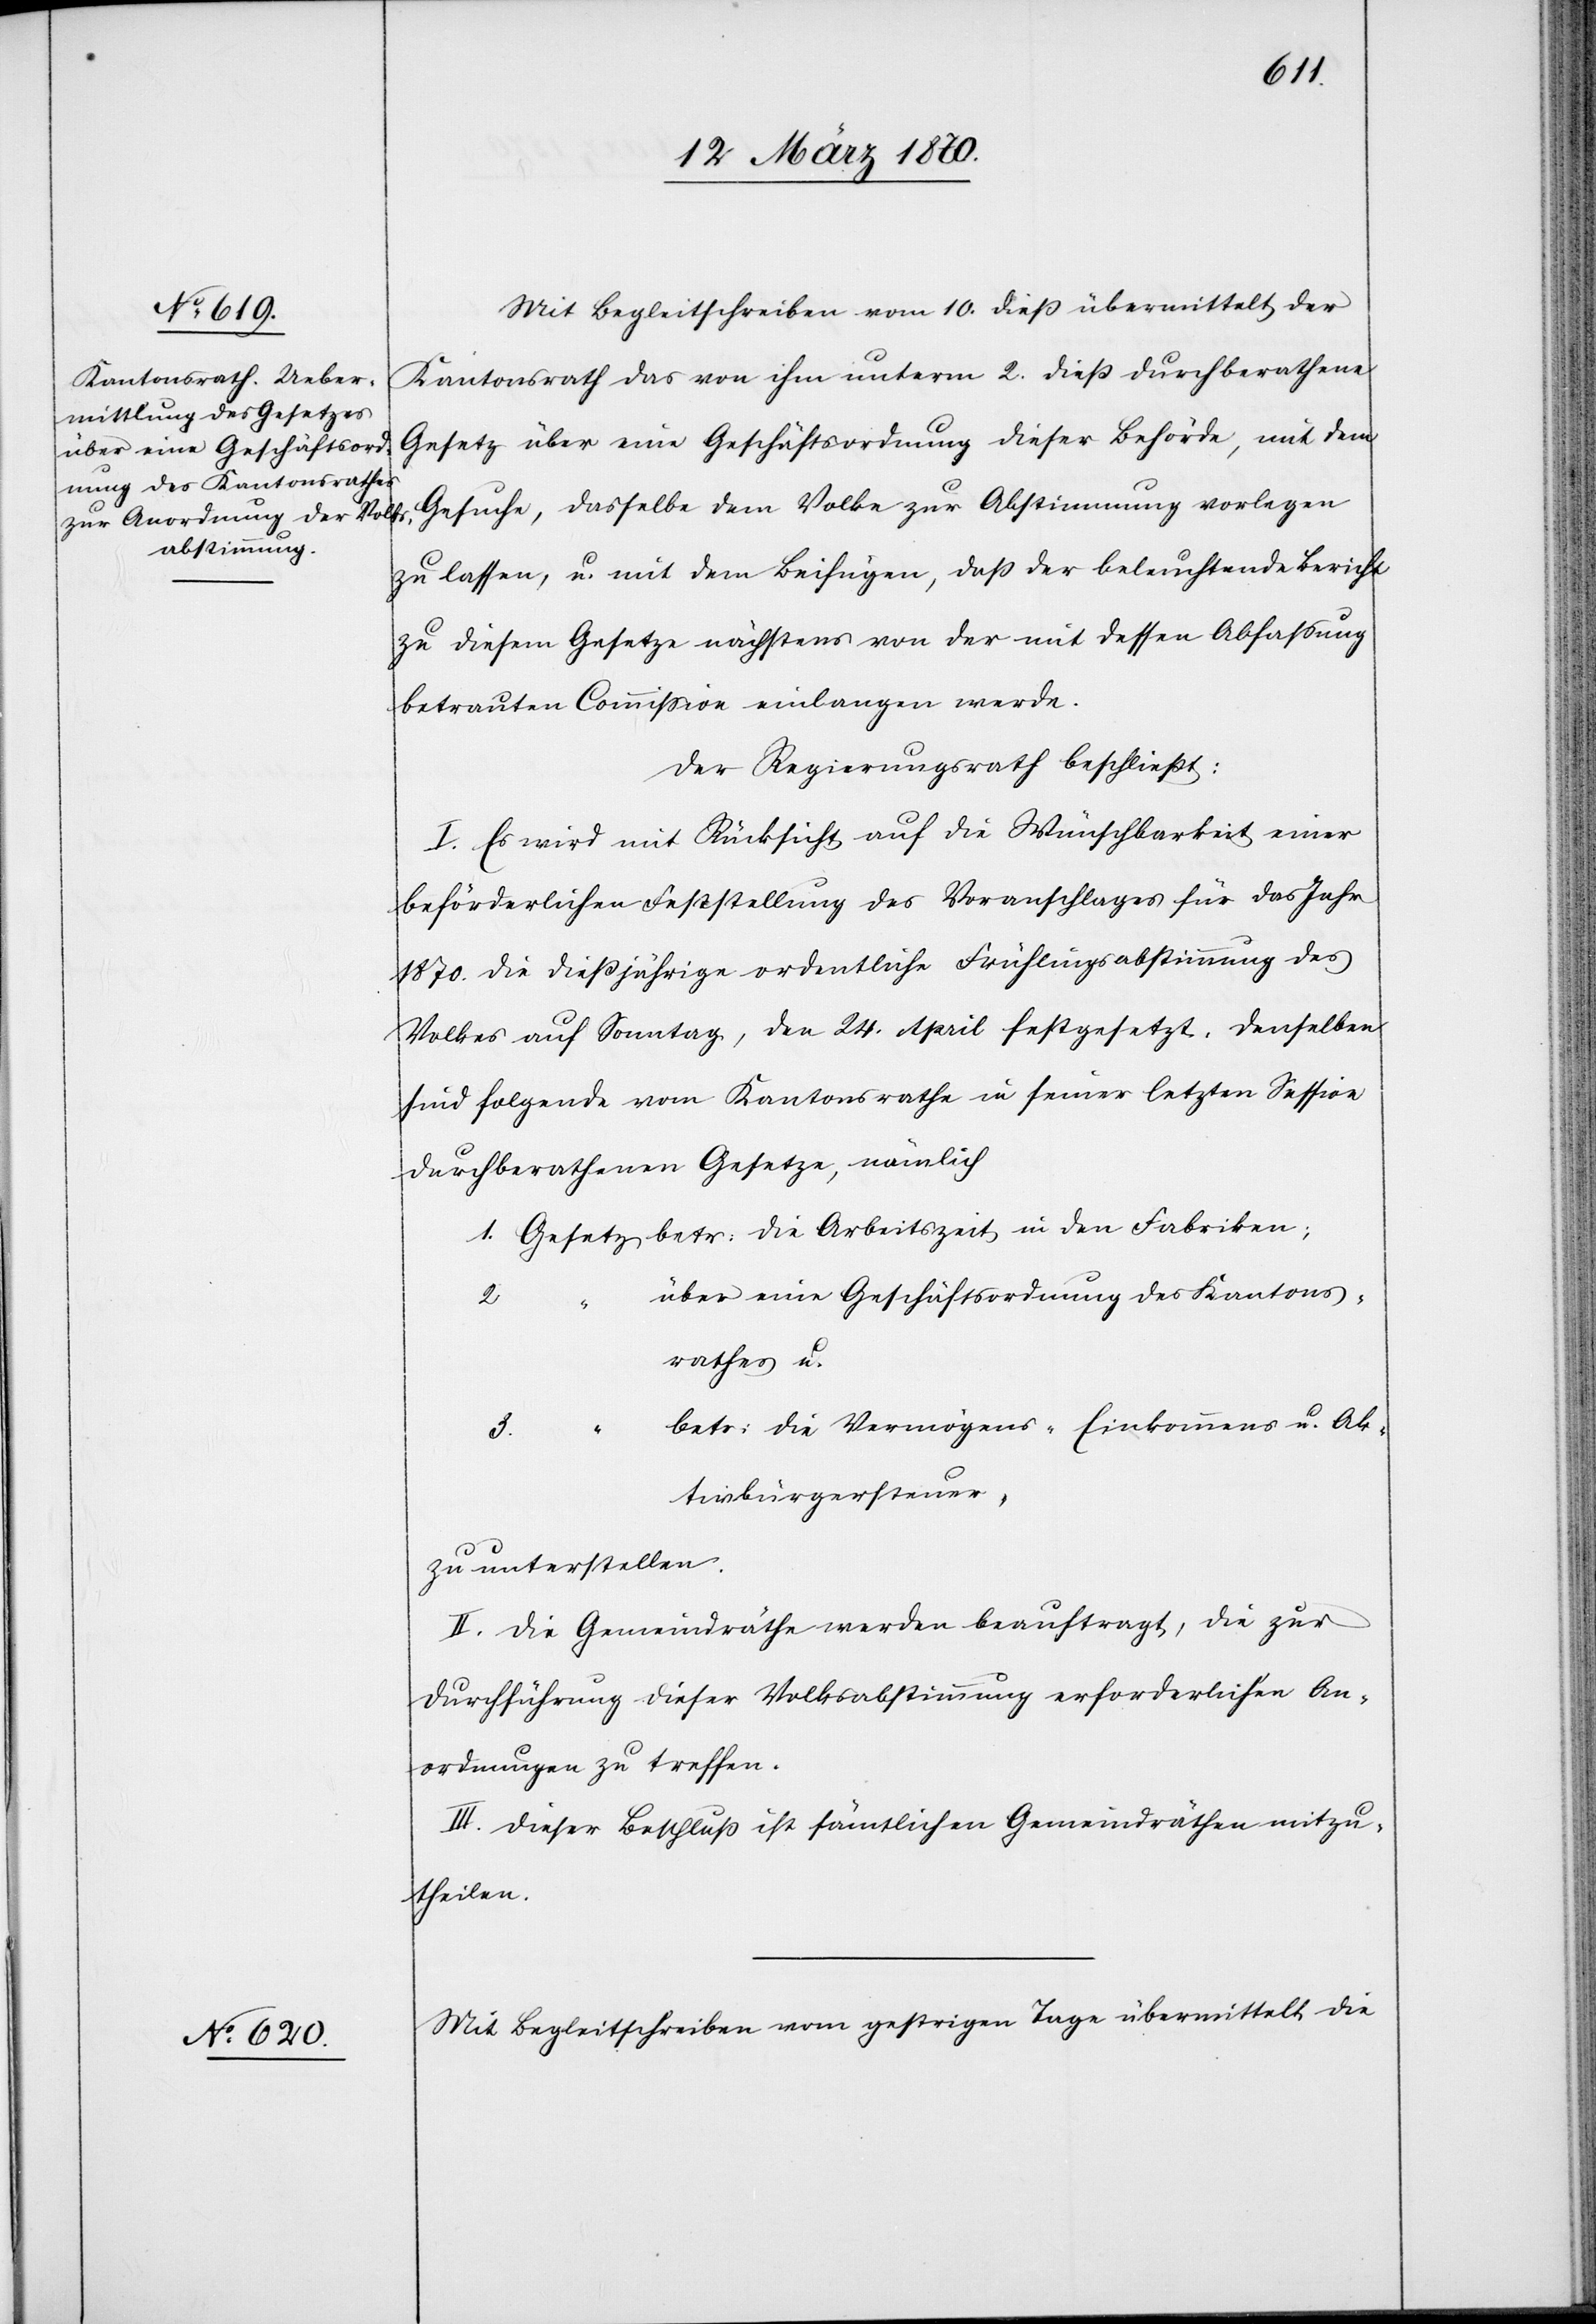
Mit Begleitschreiben vom 10. dieß übermittelt der
Kantonsrath das von ihm unterm 2. dieß durchberathene
Gesetz über eine Geschäftsordnung dieser Behörde, mit dem
Gesuche, dasselbe dem Volke zur Abstimmung vorlegen
zu lassen, u. mit dem Beifügen, daß der beleuchtende Bericht
zu diesem Gesetze nächstens von der mit dessen Abfassung
betrauten Commission einlangen werde.
Der Regierungsrath beschließt:
I. Es wird mit Rücksicht auf die Wünschbarkeit einer
beförderlichen Feststellung des Voranschlages für das Jahr
1870. die dießjährige ordentliche Frühlingsabstimmung des
Volkes auf Sonntag, den 24. April festgesetzt. Denselben
sind folgende vom Kantonsrathe in seiner letzten Session
durchberathene Gesetze, nämlich
1. Gesetz betr: die Arbeitszeit in den Fabriken;
über eine Geschäftsordnung des Kantons¬
2.
rathes u.
betr: die Vermögens-[,] Einkommens[-] u. Ak¬
3.
tivbürgersteuer,
zu unterstellen.
“
II. Die Gemeindräthe werden beauftragt, die zur
Durchführung dieser Volksabstimmung erforderlichen An¬
ordnungen zu trefffen.
III. Dieser Beschluß ist sämtlichen Gemeindräthen mitzu¬
theilen.
Mit Begleitschreiben vom gestrigen Tage übermittelt die